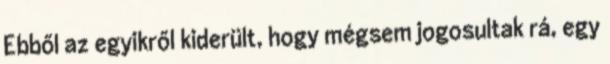
Ebből az egyikről kiderült, hogy mégsem jogosultak rá, egy